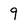
Character: 9